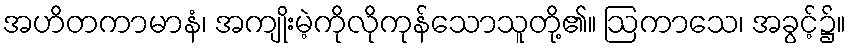
အဟိတကာမာနံ၊ အကျိုးမဲ့ကိုလိုကုန်သောသူတို့၏။ ဩကာသေ၊ အခွင့်၌။